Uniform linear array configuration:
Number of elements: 64
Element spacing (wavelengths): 0.75
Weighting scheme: cosine
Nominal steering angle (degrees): -15
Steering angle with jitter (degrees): -15.763
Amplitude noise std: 0.05
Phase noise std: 0.05

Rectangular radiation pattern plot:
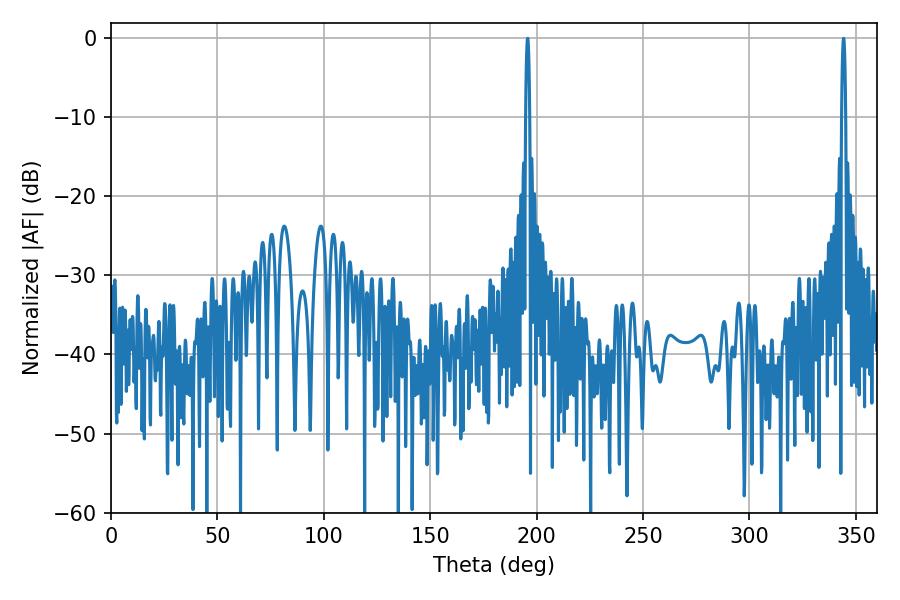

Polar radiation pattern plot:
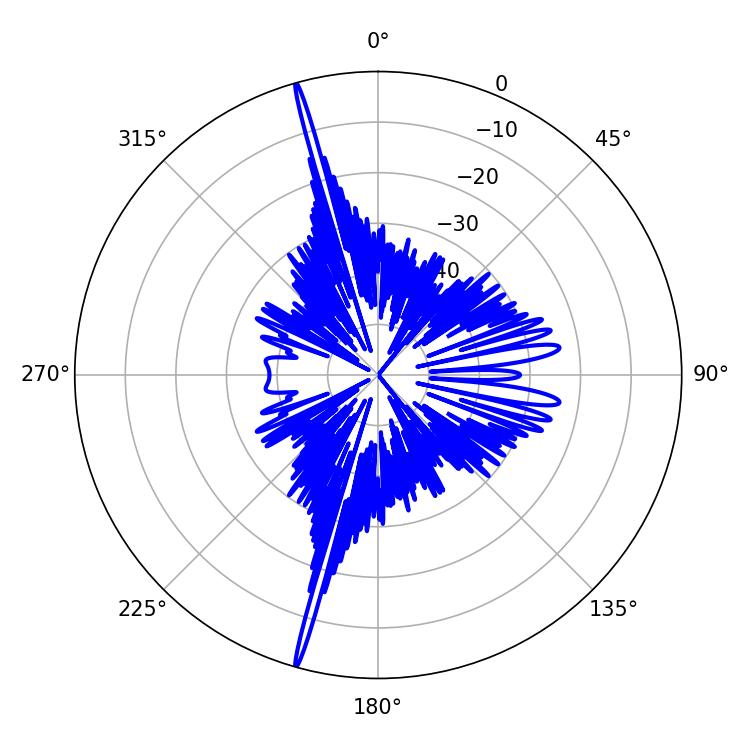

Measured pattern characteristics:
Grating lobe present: TRUE
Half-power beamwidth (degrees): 0.9
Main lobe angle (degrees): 344.16